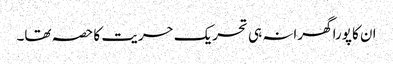
ان کا پورا گھرانہ ہی تحریک حریت کا حصہ تھا۔